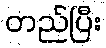
တည်ပြီး